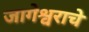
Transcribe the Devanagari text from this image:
जागेश्वराचे